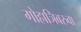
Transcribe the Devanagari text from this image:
गोहाञिबरुवा